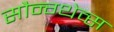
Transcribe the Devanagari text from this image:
सौन्ग्थेव्स